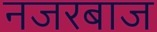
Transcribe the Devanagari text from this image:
नजरबाज